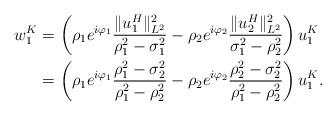
LaTeX: \begin{align*}w_1^K&=\left(\rho_1e^{i\varphi_1}\frac{\|u_1^H\|_{L^2}^2}{\rho_1^2-\sigma_1^2}-\rho_2e^{i\varphi_2}\frac{\|u_2^H\|_{L^2}^2}{\sigma_1^2-\rho_2^2}\right)u_1^K \\&=\left(\rho_1e^{i\varphi_1}\frac{\rho_1^2-\sigma_2^2}{\rho_1^2-\rho_2^2}-\rho_2e^{i\varphi_2}\frac{\rho_2^2-\sigma_2^2}{\rho_1^2-\rho_2^2}\right) u_1^K.\end{align*}